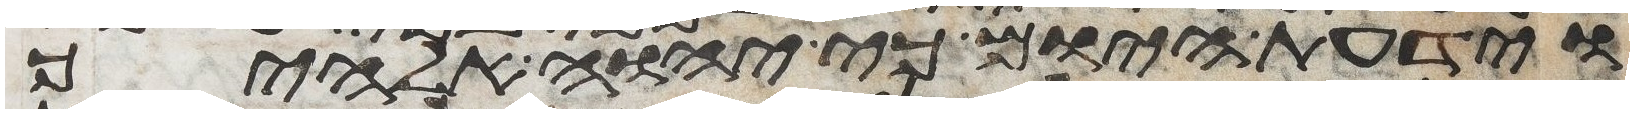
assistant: וידעת היום כי יהוה אלהיך